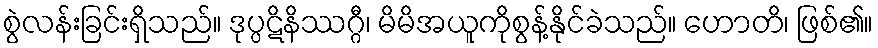
စွဲလန်းခြင်းရှိသည်။ ဒုပ္ပဋိနိဿဂ္ဂီ၊ မိမိအယူကိုစွန့်နိုင်ခဲသည်။ ဟောတိ၊ ဖြစ်၏။